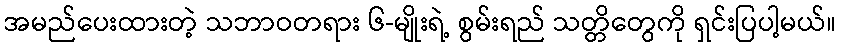
အမည်ပေးထားတဲ့ သဘာဝတရား ၆-မျိုးရဲ့ စွမ်းရည် သတ္တိတွေကို ရှင်းပြပါ့မယ်။